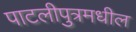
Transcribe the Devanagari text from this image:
पाटलीपुत्रमधील